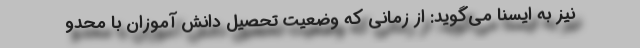
نیز به ایسنا می‌گوید: از زمانی که وضعیت تحصیل دانش آموزان با محدو